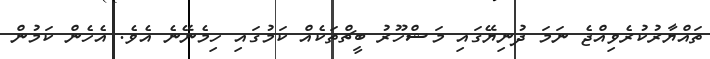
ތައްޔާރުކުރެވިއްޖެ ނަމަ ދުނިޔޭގައި މަޝްހޫރު ބީޗްތަކެއް ކަމުގައި ހިމެނޭނެ އެވެ. އެެހެން ކަމުން